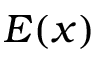
E ( x )